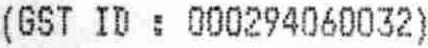
(GST ID : 000294060032)